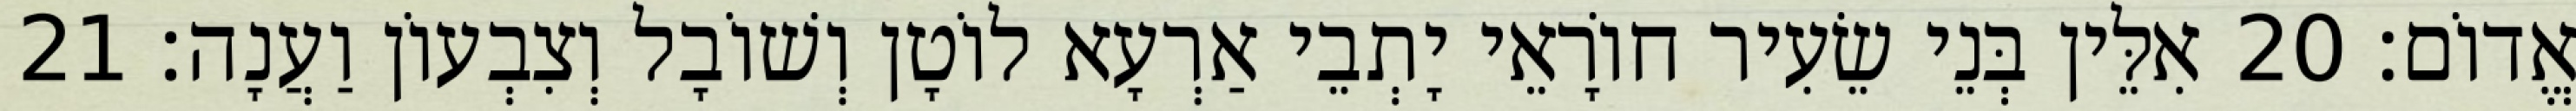
אֱדוֹם׃ 20 אִלֵּין בְּנֵי שֵׂעִיר חוֹרָאֵי יָתְבֵי אַרְעָא לוֹטָן וְשׁוֹבָל וְצִבְעוֹן וַעֲנָה׃ 21